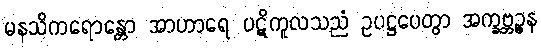
မနသိကရောန္တော အာဟာရေ ပဋိကူလသညံ ဥပဋ္ဌပေတွာ အက္ခဗ္ဘဉ္ဇန